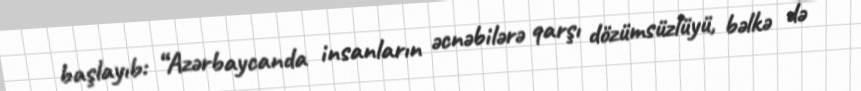
başlayıb: “Azərbaycanda insanların əcnəbilərə qarşı dözümsüzlüyü, bəlkə də